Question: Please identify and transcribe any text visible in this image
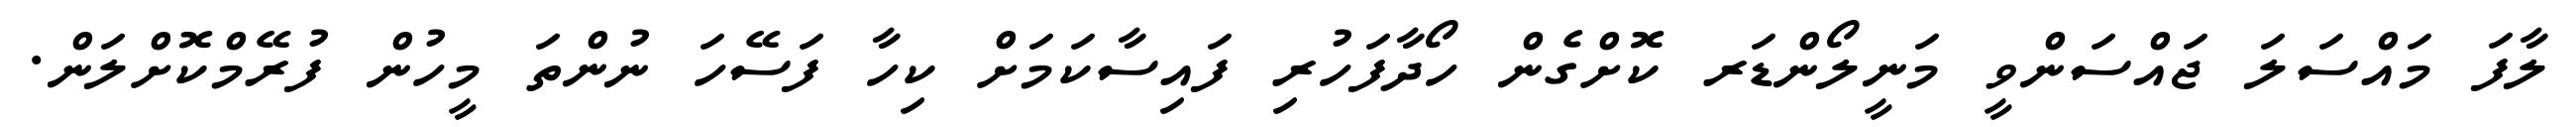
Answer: ލާފަ މައްސަލަ ޖައްސަންވީ މަނީލޯންޑަރ ކޮށްގެން ހޯދާފަހުރި ފައިސާކަމަށް ކިހާ ފަސޭހަ ނުންތަ މީހުން ފުރޭމްކޮށްލަން.